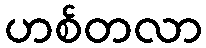
ဟစ်တလာ